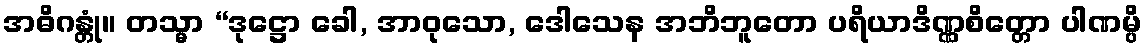
အဓိဂန္တုံ။ တသ္မာ “ဒုဋ္ဌော ခေါ, အာဝုသော, ဒေါသေန အဘိဘူတော ပရိယာဒိဏ္ဏစိတ္တော ပါဏမ္ပိ